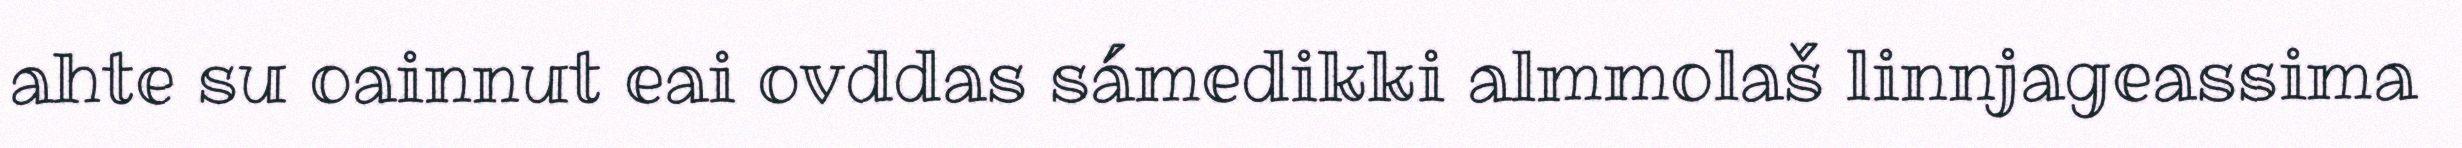
ahte su oainnut eai ovddas sámedikki almmolaš linnjageassima